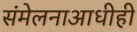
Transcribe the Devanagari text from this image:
संमेलनाआधीही